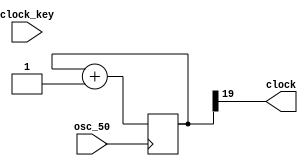
/*
 * Produce a clock at desired frequency.
 */
module clocks(
    input wire osc_50,                  // 50 MHz oscillator from the board
    input wire clock_key,               // manual clock
    output reg clock);                  // clock signal for rest of circuit

    reg [24:0] clock_slow;
    reg clock_key1, clock_key_sync;

    /*
     * Compute clocks at various speeds, using a counter.
     */
    always @(posedge osc_50) begin
        clock_slow <= clock_slow + 25'h1;
    end

    /*
     * Synchronize manual clock to get rid of metastability.
     */
    always @(posedge osc_50) begin
        clock_key1 <= clock_key;
	clock_key_sync <= clock_key1;
    end

    always @* begin

        /*
         * Uncomment exactly one of these lines to choose a clock speed.
         */

         //clock = clock_key_sync;               // manual clock
        //clock = clock_slow[24];                  // 1.5 Hz
        // clock = clock_slow[23];               // 3 Hz
        // clock = clock_slow[22];               // 6 Hz
        // clock = clock_slow[21];               // 12 Hz
        // clock = clock_slow[20];               // 24 Hz
          clock = clock_slow[19];               // 48 Hz
        // clock = clock_slow[18];               // 95 Hz
        // clock = clock_slow[17];               // 191 Hz
        // clock = clock_slow[16];               // 381 Hz
        // clock = clock_slow[15];               // 763 Hz
        // clock = clock_slow[14];               // 1.5 KHz
        // clock = clock_slow[13];               // 3 KHz
        // clock = clock_slow[12];               // 6 KHz
        // clock = clock_slow[11];               // 12 KHz
        // clock = clock_slow[10];               // 24 KHz
        // clock = clock_slow[9];                // 49 KHz
        // clock = clock_slow[8];                // 98 KHz
        // clock = clock_slow[7];                // 195 KHz
         //clock = clock_slow[6];                // 391 KHz
        // clock = clock_slow[5];                // 781 KHz
        // clock = clock_slow[4];                // 1.6 MHz
    end

endmodule